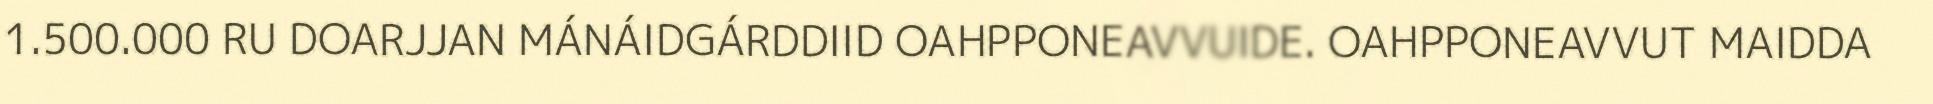
1.500.000 RU DOARJJAN MÁNÁIDGÁRDDIID OAHPPONEAVVUIDE. OAHPPONEAVVUT MAIDDA